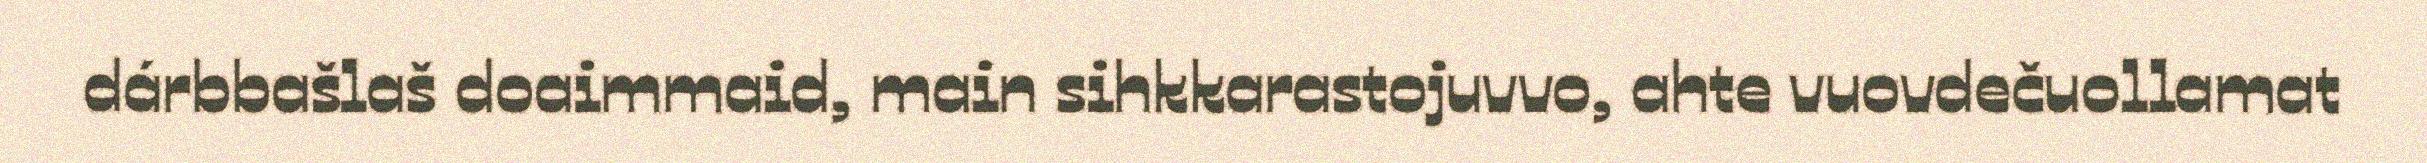
dárbbašlaš doaimmaid, main sihkkarastojuvvo, ahte vuovdečuollamat